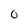
Character: 0